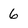
Character: 6